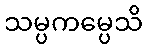
သမ္ပကမ္ပေသိ